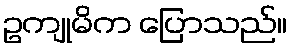
ဥကျုမိက ပြောသည်။